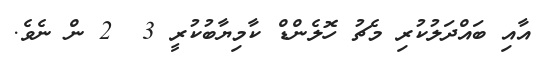
އާއި ބައްދަލުކުރި މެޗު ހޮލެންޑް ކާމިޔާބުކުރީ 3  2 ން ނެވެ.